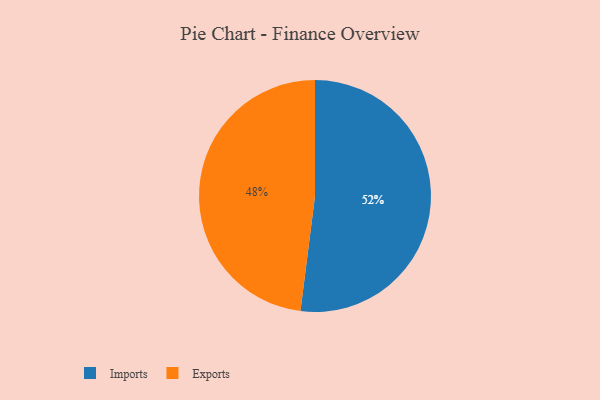
{"axis": {"x": "Category", "y": "Percentage"}, "legend": ["Exports", "Imports"], "data": [{"x": "Imports", "y": 52, "type": "Imports"}, {"x": "Exports", "y": 48, "type": "Exports"}]}